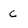
Character: c